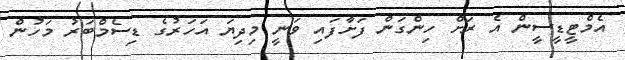
އެމްޓީޑީސީން އެ ރަށް ހިންގަން ފަށާފައި ވަނީ މިދިޔަ އަހަރުގެ ޑިސެމްބަރު މަހުން